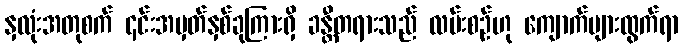
နှလုံးအတုစက် ၄င်းအမှတ်နှစ်ခုကြားရှိ ခန္တီတရားသည် လမ်းစဉ်ဟု ကျောက်များထွက်ရာ